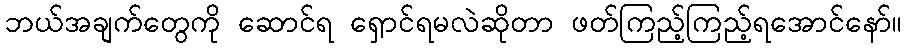
ဘယ်အချက်တွေကို ဆောင်ရ ရှောင်ရမလဲဆိုတာ ဖတ်ကြည့်ကြည့်ရအောင်နော်။